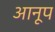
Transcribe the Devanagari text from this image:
आनूप